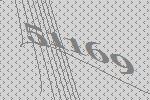
51169